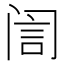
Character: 訚